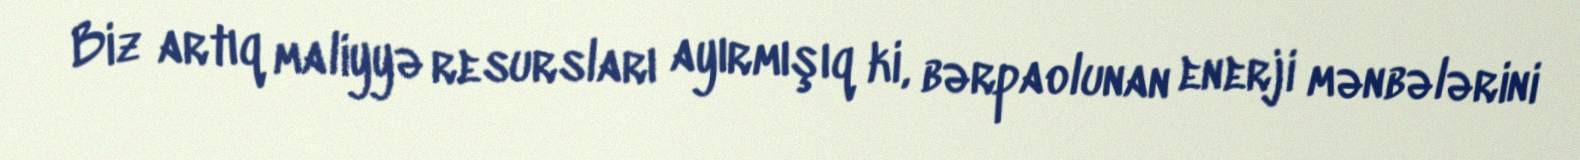
Biz artıq maliyyə resursları ayırmışıq ki, bərpaolunan enerji mənbələrini